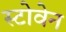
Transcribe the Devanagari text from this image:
स्टोवेन